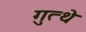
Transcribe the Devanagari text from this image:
गुत्थे